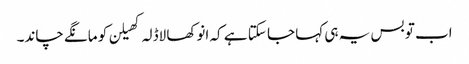
اب تو بس یہ ہی کہا جا سکتا ہے کہ انوکھا لاڈلہ کھیلن کو مانگے چاند۔